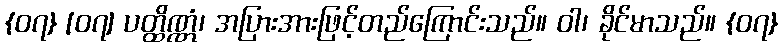
{၀၇} [၀၇] ပတ္ထိဏ္ဏံ၊ အပြားအားဖြင့်တည်ကြောင်းသည်။ ဝါ၊ ခိုင်မာသည်။ {၀၇}